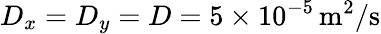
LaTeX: D_{x}=D_{y}=D=5\times 10^{-5}\, \mathrm{m^{2}/s}